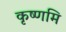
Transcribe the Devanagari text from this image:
कृष्णमि